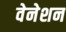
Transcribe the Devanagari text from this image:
वेनेशन